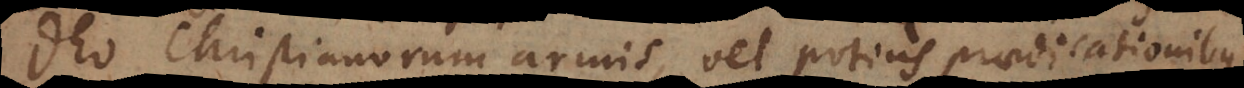
Deo Christianorum armis, vel potius praedicationibus